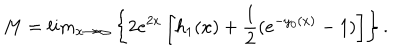
M = l i m _ { x \rightarrow \infty } \left\{ 2 e ^ { 2 x } \left[ h _ { 1 } ( x ) + \frac { 1 } { 2 } ( e ^ { - y _ { 0 } ( x ) } - 1 ) \right] \right\} .